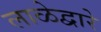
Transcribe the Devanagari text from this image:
लाळेद्वारे